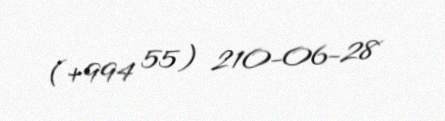
(+994 55) 210-06-28